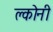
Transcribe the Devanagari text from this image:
क्लोनी